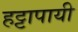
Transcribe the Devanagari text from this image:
हट्टापायी